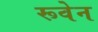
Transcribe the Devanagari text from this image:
रूवेन